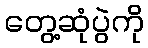
တွေ့ဆုံပွဲကို